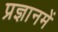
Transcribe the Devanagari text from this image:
प्रज्ञानमें